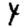
Digit: 4